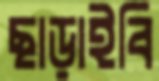
ছাড়াইবি